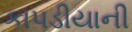
કાપડીયાની